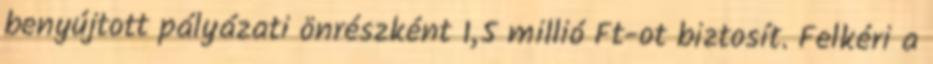
benyújtott pályázati önrészként 1,5 millió Ft-ot biztosít. Felkéri a